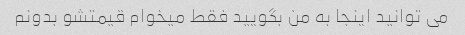
می توانید اینجا به من بگویید فقط میخوام قیمتشو بدونم